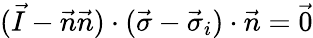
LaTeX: (\vec{I}-\vec{n}\vec{n})\cdot(\vec{\sigma}-\vec{\sigma}_{i})\cdot\vec{n}=\vec{0}